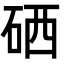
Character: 硒